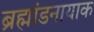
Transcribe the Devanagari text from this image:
ब्रह्मांडनायाक